Report of the Imperial Institute of Veterinary Research, Muktesar
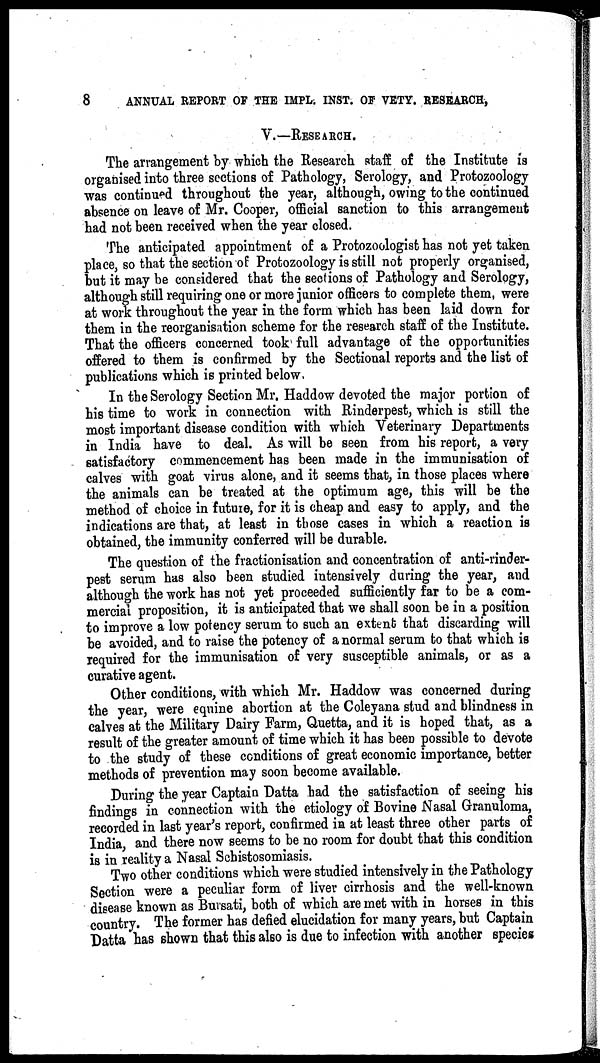
8
ANNUAL REPORT OF THE IMPL. INST. OF VETY. RESEARCH,
V.— RESEARCH.
The arrangement by which the Research staff of the Institute is
organised into three sections of Pathology, Serology, and Protozoology
was continued throughout the year, although, owing to the continued
absence on leave of Mr. Cooper, official sanction to this arrangement
had not been received when the year closed.
The anticipated appointment of a Protozoologist has not yet taken
place, so that the section of Protozoology is still not properly organised,
but it may be considered that the sections of Pathology and Serology,
although still requiring one or more junior officers to complete them, were
at work throughout the year in the form which has been laid down for
them in the reorganisation scheme for the research staff of the Institute.
That the officers concerned took full advantage of the opportunities
offered to them is confirmed by the Sectional reports and the list of
publications which is printed below.
In the Serology Section Mr. Haddow devoted the major portion of
his time to work in connection with Rinderpest, which is still the
most important disease condition with which Veterinary Departments
in India have to deal. As will be seen from his report, a very
satisfactory commencement has been made in the immunisation of
calves with goat virus alone, and it seems that, in those places where
the animals can be treated at the optimum age, this will be the
method of choice in future, for it is cheap and easy to apply, and the
indications are that, at least in those cases in which a reaction is
obtained, the immunity conferred will be durable.
The question of the fractionisation and concentration of anti-rinder-
pest serum has also been studied intensively during the year, and
although the work has not yet proceeded sufficiently far to be a com-
mercial proposition, it is anticipated that we shall soon be in a position
to improve a low potency serum to such an extent that discarding will
be avoided, and to raise the potency of a normal serum to that which is
required for the immunisation of very susceptible animals, or as a
curative agent.
Other conditions, with which Mr. Haddow was concerned during
the year, were equine abortion at the Coleyana stud and blindness in
calves at the Military Dairy Farm, Quetta, and it is hoped that, as a
result of the greater amount of time which it has been possible to devote
to the study of these conditions of great economic importance, better
methods of prevention may soon become available.
During the year Captain Datta had the satisfaction of seeing his
findings in connection with the etiology of Bovine Nasal Granuloma,
recorded in last year's report, confirmed in at least three other parts of
India, and there now seems to be no room for doubt that this condition
is in reality a Nasal Schistosomiasis.
Two other conditions which were studied intensively in the Pathology
Section were a peculiar form of liver cirrhosis and the well-known
disease known as Bursati, both of which are met with in horses in this
country. The former has defied elucidation for many years, but Captain
Datta has shown that this also is due to infection with another species